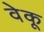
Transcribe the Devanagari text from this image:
वेकू